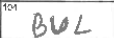
Transcription: BUL